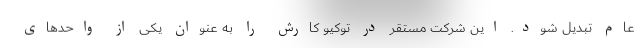
عام تبدیل شود. این شرکت مستقر در توکیو کارش را به عنوان یکی از واحدهای